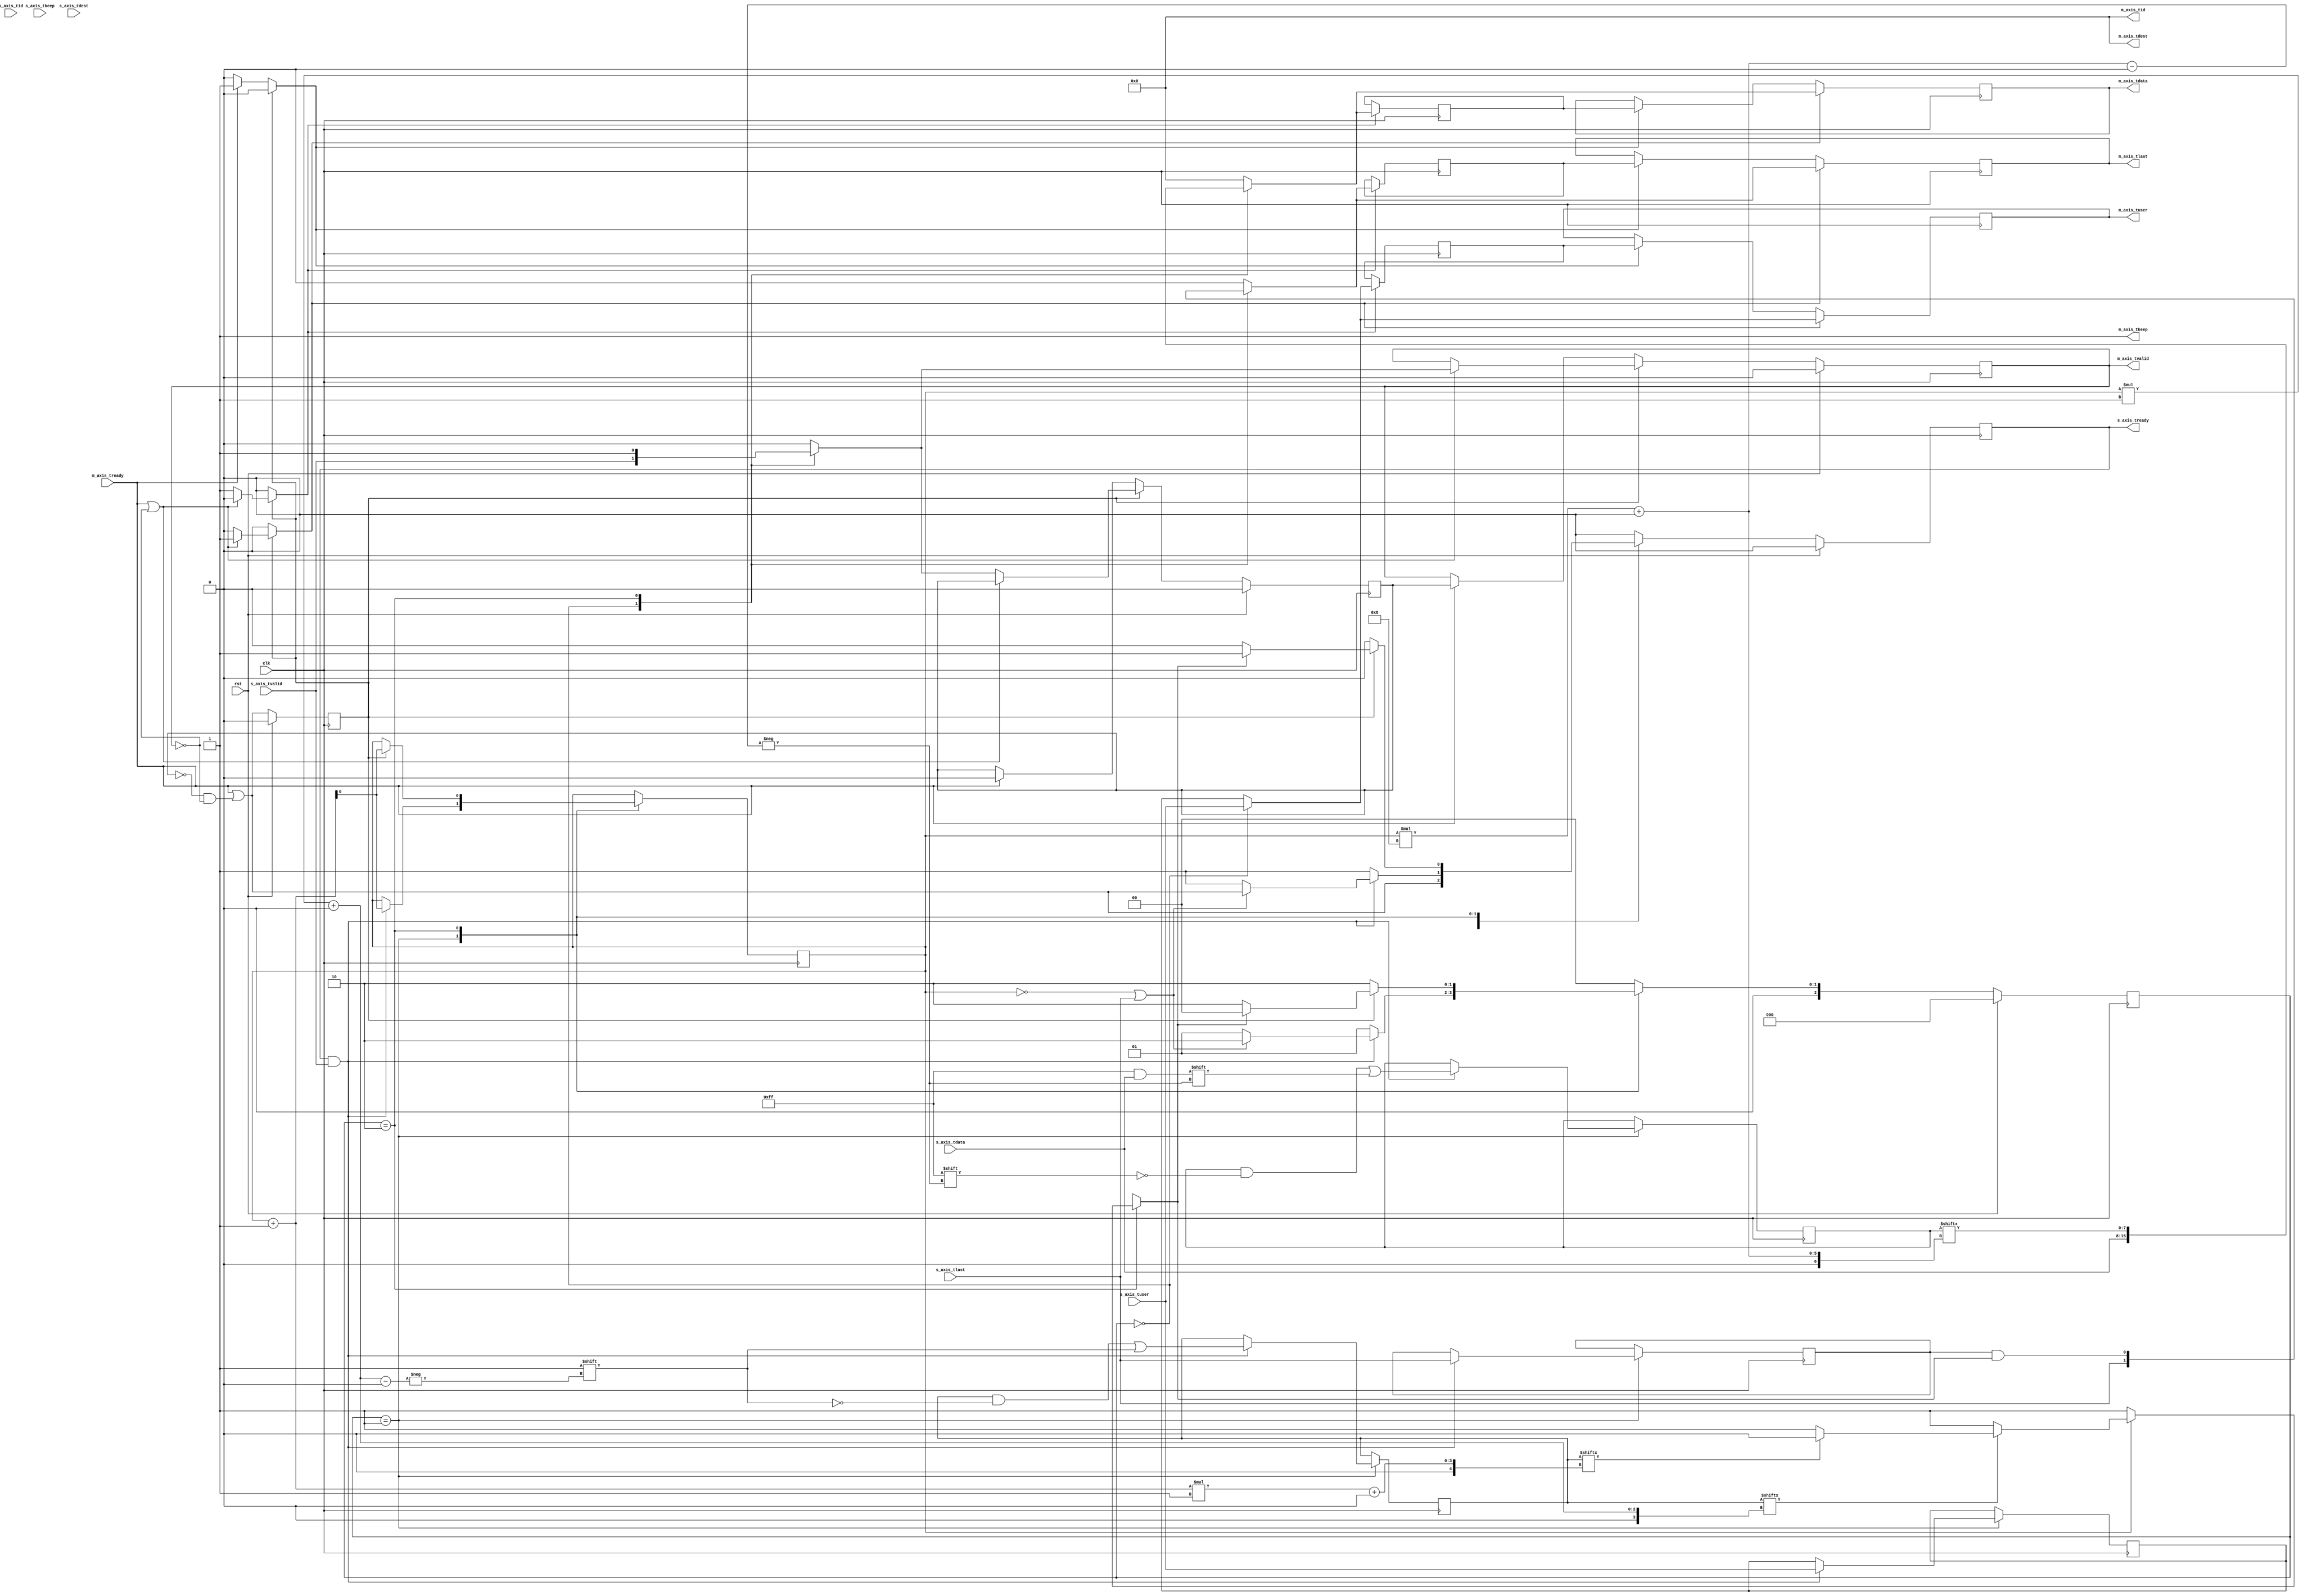
/*

Copyright (c) 2014-2018 Alex Forencich

Permission is hereby granted, free of charge, to any person obtaining a copy
of this software and associated documentation files (the "Software"), to deal
in the Software without restriction, including without limitation the rights
to use, copy, modify, merge, publish, distribute, sublicense, and/or sell
copies of the Software, and to permit persons to whom the Software is
furnished to do so, subject to the following conditions:

The above copyright notice and this permission notice shall be included in
all copies or substantial portions of the Software.

THE SOFTWARE IS PROVIDED "AS IS", WITHOUT WARRANTY OF ANY KIND, EXPRESS OR
IMPLIED, INCLUDING BUT NOT LIMITED TO THE WARRANTIES OF MERCHANTABILITY
FITNESS FOR A PARTICULAR PURPOSE AND NONINFRINGEMENT. IN NO EVENT SHALL THE
AUTHORS OR COPYRIGHT HOLDERS BE LIABLE FOR ANY CLAIM, DAMAGES OR OTHER
LIABILITY, WHETHER IN AN ACTION OF CONTRACT, TORT OR OTHERWISE, ARISING FROM,
OUT OF OR IN CONNECTION WITH THE SOFTWARE OR THE USE OR OTHER DEALINGS IN
THE SOFTWARE.

*/

// Language: Verilog 2001

`resetall
`timescale 1ns / 1ps
`default_nettype none

/*
 * AXI4-Stream bus width adapter
 */
module axis_adapter #
(
    // Width of input AXI stream interface in bits
    parameter S_DATA_WIDTH = 8,
    // Propagate tkeep signal on input interface
    // If disabled, tkeep assumed to be 1'b1
    parameter S_KEEP_ENABLE = (S_DATA_WIDTH>8),
    // tkeep signal width (words per cycle) on input interface
    parameter S_KEEP_WIDTH = ((S_DATA_WIDTH+7)/8),
    // Width of output AXI stream interface in bits
    parameter M_DATA_WIDTH = 8,
    // Propagate tkeep signal on output interface
    // If disabled, tkeep assumed to be 1'b1
    parameter M_KEEP_ENABLE = (M_DATA_WIDTH>8),
    // tkeep signal width (words per cycle) on output interface
    parameter M_KEEP_WIDTH = ((M_DATA_WIDTH+7)/8),
    // Propagate tid signal
    parameter ID_ENABLE = 0,
    // tid signal width
    parameter ID_WIDTH = 8,
    // Propagate tdest signal
    parameter DEST_ENABLE = 0,
    // tdest signal width
    parameter DEST_WIDTH = 8,
    // Propagate tuser signal
    parameter USER_ENABLE = 1,
    // tuser signal width
    parameter USER_WIDTH = 1
)
(
    input  wire                     clk,
    input  wire                     rst,

    /*
     * AXI input
     */
    input  wire [S_DATA_WIDTH-1:0]  s_axis_tdata,
    input  wire [S_KEEP_WIDTH-1:0]  s_axis_tkeep,
    input  wire                     s_axis_tvalid,
    output wire                     s_axis_tready,
    input  wire                     s_axis_tlast,
    input  wire [ID_WIDTH-1:0]      s_axis_tid,
    input  wire [DEST_WIDTH-1:0]    s_axis_tdest,
    input  wire [USER_WIDTH-1:0]    s_axis_tuser,

    /*
     * AXI output
     */
    output wire [M_DATA_WIDTH-1:0]  m_axis_tdata,
    output wire [M_KEEP_WIDTH-1:0]  m_axis_tkeep,
    output wire                     m_axis_tvalid,
    input  wire                     m_axis_tready,
    output wire                     m_axis_tlast,
    output wire [ID_WIDTH-1:0]      m_axis_tid,
    output wire [DEST_WIDTH-1:0]    m_axis_tdest,
    output wire [USER_WIDTH-1:0]    m_axis_tuser
);

// force keep width to 1 when disabled
parameter S_KEEP_WIDTH_INT = S_KEEP_ENABLE ? S_KEEP_WIDTH : 1;
parameter M_KEEP_WIDTH_INT = M_KEEP_ENABLE ? M_KEEP_WIDTH : 1;

// bus word sizes (must be identical)
parameter S_DATA_WORD_SIZE = S_DATA_WIDTH / S_KEEP_WIDTH_INT;
parameter M_DATA_WORD_SIZE = M_DATA_WIDTH / M_KEEP_WIDTH_INT;
// output bus is wider
parameter EXPAND_BUS = M_KEEP_WIDTH_INT > S_KEEP_WIDTH_INT;
// total data and keep widths
parameter DATA_WIDTH = EXPAND_BUS ? M_DATA_WIDTH : S_DATA_WIDTH;
parameter KEEP_WIDTH = EXPAND_BUS ? M_KEEP_WIDTH_INT : S_KEEP_WIDTH_INT;
// required number of segments in wider bus
parameter SEGMENT_COUNT = EXPAND_BUS ? (M_KEEP_WIDTH_INT / S_KEEP_WIDTH_INT) : (S_KEEP_WIDTH_INT / M_KEEP_WIDTH_INT);
parameter SEGMENT_COUNT_WIDTH = SEGMENT_COUNT == 1 ? 1 : $clog2(SEGMENT_COUNT);
// data width and keep width per segment
parameter SEGMENT_DATA_WIDTH = DATA_WIDTH / SEGMENT_COUNT;
parameter SEGMENT_KEEP_WIDTH = KEEP_WIDTH / SEGMENT_COUNT;

// bus width assertions
initial begin
    if (S_DATA_WORD_SIZE * S_KEEP_WIDTH_INT != S_DATA_WIDTH) begin
        $error("Error: input data width not evenly divisble (instance %m)");
        $finish;
    end

    if (M_DATA_WORD_SIZE * M_KEEP_WIDTH_INT != M_DATA_WIDTH) begin
        $error("Error: output data width not evenly divisble (instance %m)");
        $finish;
    end

    if (S_DATA_WORD_SIZE != M_DATA_WORD_SIZE) begin
        $error("Error: word size mismatch (instance %m)");
        $finish;
    end
end

// state register
localparam [2:0]
    STATE_IDLE = 3'd0,
    STATE_TRANSFER_IN = 3'd1,
    STATE_TRANSFER_OUT = 3'd2;

reg [2:0] state_reg = STATE_IDLE, state_next;

reg [SEGMENT_COUNT_WIDTH-1:0] segment_count_reg = 0, segment_count_next;

reg last_segment;

reg [DATA_WIDTH-1:0] temp_tdata_reg = {DATA_WIDTH{1'b0}}, temp_tdata_next;
reg [KEEP_WIDTH-1:0] temp_tkeep_reg = {KEEP_WIDTH{1'b0}}, temp_tkeep_next;
reg                  temp_tlast_reg = 1'b0, temp_tlast_next;
reg [ID_WIDTH-1:0]   temp_tid_reg   = {ID_WIDTH{1'b0}}, temp_tid_next;
reg [DEST_WIDTH-1:0] temp_tdest_reg = {DEST_WIDTH{1'b0}}, temp_tdest_next;
reg [USER_WIDTH-1:0] temp_tuser_reg = {USER_WIDTH{1'b0}}, temp_tuser_next;

// internal datapath
reg  [M_DATA_WIDTH-1:0] m_axis_tdata_int;
reg  [M_KEEP_WIDTH-1:0] m_axis_tkeep_int;
reg                     m_axis_tvalid_int;
reg                     m_axis_tready_int_reg = 1'b0;
reg                     m_axis_tlast_int;
reg  [ID_WIDTH-1:0]     m_axis_tid_int;
reg  [DEST_WIDTH-1:0]   m_axis_tdest_int;
reg  [USER_WIDTH-1:0]   m_axis_tuser_int;
wire                    m_axis_tready_int_early;

reg s_axis_tready_reg = 1'b0, s_axis_tready_next;

assign s_axis_tready = s_axis_tready_reg;

always @* begin
    state_next = STATE_IDLE;

    segment_count_next = segment_count_reg;

    last_segment = 0;

    temp_tdata_next = temp_tdata_reg;
    temp_tkeep_next = temp_tkeep_reg;
    temp_tlast_next = temp_tlast_reg;
    temp_tid_next   = temp_tid_reg;
    temp_tdest_next = temp_tdest_reg;
    temp_tuser_next = temp_tuser_reg;

    if (EXPAND_BUS) begin
        m_axis_tdata_int  = temp_tdata_reg;
        m_axis_tkeep_int  = temp_tkeep_reg;
        m_axis_tlast_int  = temp_tlast_reg;
    end else begin
        m_axis_tdata_int  = {M_DATA_WIDTH{1'b0}};
        m_axis_tkeep_int  = {M_KEEP_WIDTH{1'b0}};
        m_axis_tlast_int  = 1'b0;
    end
    m_axis_tvalid_int = 1'b0;
    m_axis_tid_int    = temp_tid_reg;
    m_axis_tdest_int  = temp_tdest_reg;
    m_axis_tuser_int  = temp_tuser_reg;

    s_axis_tready_next = 1'b0;

    case (state_reg)
        STATE_IDLE: begin
            // idle state - no data in registers
            if (SEGMENT_COUNT == 1) begin
                // output and input same width - just act like a register

                // accept data next cycle if output register ready next cycle
                s_axis_tready_next = m_axis_tready_int_early;

                // transfer through
                m_axis_tdata_int  = s_axis_tdata;
                m_axis_tkeep_int  = S_KEEP_ENABLE ? s_axis_tkeep : 1'b1;
                m_axis_tvalid_int = s_axis_tvalid;
                m_axis_tlast_int  = s_axis_tlast;
                m_axis_tid_int    = s_axis_tid;
                m_axis_tdest_int  = s_axis_tdest;
                m_axis_tuser_int  = s_axis_tuser;

                state_next = STATE_IDLE;
            end else if (EXPAND_BUS) begin
                // output bus is wider

                // accept new data
                s_axis_tready_next = 1'b1;

                if (s_axis_tready && s_axis_tvalid) begin
                    // word transfer in - store it in data register

                    // pass complete input word, zero-extended to temp register
                    temp_tdata_next = s_axis_tdata;
                    temp_tkeep_next = S_KEEP_ENABLE ? s_axis_tkeep : 1'b1;
                    temp_tlast_next = s_axis_tlast;
                    temp_tid_next   = s_axis_tid;
                    temp_tdest_next = s_axis_tdest;
                    temp_tuser_next = s_axis_tuser;

                    // first input segment complete
                    segment_count_next = 1;

                    if (s_axis_tlast) begin
                        // got last signal on first segment, so output it
                        s_axis_tready_next = 1'b0;
                        state_next = STATE_TRANSFER_OUT;
                    end else begin
                        // otherwise, transfer in the rest of the words
                        s_axis_tready_next = 1'b1;
                        state_next = STATE_TRANSFER_IN;
                    end
                end else begin
                    state_next = STATE_IDLE;
                end
            end else begin
                // output bus is narrower

                // accept new data
                s_axis_tready_next = 1'b1;

                if (s_axis_tready && s_axis_tvalid) begin
                    // word transfer in - store it in data register
                    segment_count_next = 0;

                    // is this the last segment?
                    if (SEGMENT_COUNT == 1) begin
                        // last segment by counter value
                        last_segment = 1'b1;
                    end else if (S_KEEP_ENABLE && s_axis_tkeep[SEGMENT_KEEP_WIDTH-1:0] != {SEGMENT_KEEP_WIDTH{1'b1}}) begin
                        // last segment by tkeep fall in current segment
                        last_segment = 1'b1;
                    end else if (S_KEEP_ENABLE && s_axis_tkeep[(SEGMENT_KEEP_WIDTH*2)-1:SEGMENT_KEEP_WIDTH] == {SEGMENT_KEEP_WIDTH{1'b0}}) begin
                        // last segment by tkeep fall at end of current segment
                        last_segment = 1'b1;
                    end else begin
                        last_segment = 1'b0;
                    end

                    // pass complete input word, zero-extended to temp register
                    temp_tdata_next = s_axis_tdata;
                    temp_tkeep_next = S_KEEP_ENABLE ? s_axis_tkeep : 1'b1;
                    temp_tlast_next = s_axis_tlast;
                    temp_tid_next   = s_axis_tid;
                    temp_tdest_next = s_axis_tdest;
                    temp_tuser_next = s_axis_tuser;

                    // short-circuit and get first word out the door
                    m_axis_tdata_int  = s_axis_tdata[SEGMENT_DATA_WIDTH-1:0];
                    m_axis_tkeep_int  = s_axis_tkeep[SEGMENT_KEEP_WIDTH-1:0];
                    m_axis_tvalid_int = 1'b1;
                    m_axis_tlast_int  = s_axis_tlast & last_segment;
                    m_axis_tid_int    = s_axis_tid;
                    m_axis_tdest_int  = s_axis_tdest;
                    m_axis_tuser_int  = s_axis_tuser;

                    if (m_axis_tready_int_reg) begin
                        // if output register is ready for first word, then move on to the next one
                        segment_count_next = 1;
                    end

                    if (!last_segment || !m_axis_tready_int_reg) begin
                        // continue outputting words
                        s_axis_tready_next = 1'b0;
                        state_next = STATE_TRANSFER_OUT;
                    end else begin
                        state_next = STATE_IDLE;
                    end
                end else begin
                    state_next = STATE_IDLE;
                end
            end
        end
        STATE_TRANSFER_IN: begin
            // transfer word to temp registers
            // only used when output is wider

            // accept new data
            s_axis_tready_next = 1'b1;

            if (s_axis_tready && s_axis_tvalid) begin
                // word transfer in - store in data register

                temp_tdata_next[segment_count_reg*SEGMENT_DATA_WIDTH +: SEGMENT_DATA_WIDTH] = s_axis_tdata;
                temp_tkeep_next[segment_count_reg*SEGMENT_KEEP_WIDTH +: SEGMENT_KEEP_WIDTH] = S_KEEP_ENABLE ? s_axis_tkeep : 1'b1;
                temp_tlast_next = s_axis_tlast;
                temp_tid_next   = s_axis_tid;
                temp_tdest_next = s_axis_tdest;
                temp_tuser_next = s_axis_tuser;

                segment_count_next = segment_count_reg + 1;

                if ((segment_count_reg == SEGMENT_COUNT-1) || s_axis_tlast) begin
                    // terminated by counter or tlast signal, output complete word
                    // read input word next cycle if output will be ready
                    s_axis_tready_next = m_axis_tready_int_early;
                    state_next = STATE_TRANSFER_OUT;
                end else begin
                    // more words to read
                    s_axis_tready_next = 1'b1;
                    state_next = STATE_TRANSFER_IN;
                end
            end else begin
                state_next = STATE_TRANSFER_IN;
            end
        end
        STATE_TRANSFER_OUT: begin
            // transfer word to output registers

            if (EXPAND_BUS) begin
                // output bus is wider

                // do not accept new data
                s_axis_tready_next = 1'b0;

                // single-cycle output of entire stored word (output wider)
                m_axis_tdata_int  = temp_tdata_reg;
                m_axis_tkeep_int  = temp_tkeep_reg;
                m_axis_tvalid_int = 1'b1;
                m_axis_tlast_int  = temp_tlast_reg;
                m_axis_tid_int    = temp_tid_reg;
                m_axis_tdest_int  = temp_tdest_reg;
                m_axis_tuser_int  = temp_tuser_reg;

                if (m_axis_tready_int_reg) begin
                    // word transfer out

                    if (s_axis_tready && s_axis_tvalid) begin
                        // word transfer in

                        // pass complete input word, zero-extended to temp register
                        temp_tdata_next = s_axis_tdata;
                        temp_tkeep_next = S_KEEP_ENABLE ? s_axis_tkeep : 1'b1;
                        temp_tlast_next = s_axis_tlast;
                        temp_tid_next   = s_axis_tid;
                        temp_tdest_next = s_axis_tdest;
                        temp_tuser_next = s_axis_tuser;

                        // first input segment complete
                        segment_count_next = 1;

                        if (s_axis_tlast) begin
                            // got last signal on first segment, so output it
                            s_axis_tready_next = 1'b0;
                            state_next = STATE_TRANSFER_OUT;
                        end else begin
                            // otherwise, transfer in the rest of the words
                            s_axis_tready_next = 1'b1;
                            state_next = STATE_TRANSFER_IN;
                        end
                    end else begin
                        s_axis_tready_next = 1'b1;
                        state_next = STATE_IDLE;
                    end
                end else begin
                    state_next = STATE_TRANSFER_OUT;
                end
            end else begin
                // output bus is narrower

                // do not accept new data
                s_axis_tready_next = 1'b0;

                // is this the last segment?
                if (segment_count_reg == SEGMENT_COUNT-1) begin
                    // last segment by counter value
                    last_segment = 1'b1;
                end else if (temp_tkeep_reg[segment_count_reg*SEGMENT_KEEP_WIDTH +: SEGMENT_KEEP_WIDTH] != {SEGMENT_KEEP_WIDTH{1'b1}}) begin
                    // last segment by tkeep fall in current segment
                    last_segment = 1'b1;
                end else if (temp_tkeep_reg[(segment_count_reg+1)*SEGMENT_KEEP_WIDTH +: SEGMENT_KEEP_WIDTH] == {SEGMENT_KEEP_WIDTH{1'b0}}) begin
                    // last segment by tkeep fall at end of current segment
                    last_segment = 1'b1;
                end else begin
                    last_segment = 1'b0;
                end

                // output current part of stored word (output narrower)
                m_axis_tdata_int  = temp_tdata_reg[segment_count_reg*SEGMENT_DATA_WIDTH +: SEGMENT_DATA_WIDTH];
                m_axis_tkeep_int  = temp_tkeep_reg[segment_count_reg*SEGMENT_KEEP_WIDTH +: SEGMENT_KEEP_WIDTH];
                m_axis_tvalid_int = 1'b1;
                m_axis_tlast_int  = temp_tlast_reg && last_segment;
                m_axis_tid_int    = temp_tid_reg;
                m_axis_tdest_int  = temp_tdest_reg;
                m_axis_tuser_int  = temp_tuser_reg;

                if (m_axis_tready_int_reg) begin
                    // word transfer out

                    segment_count_next = segment_count_reg + 1;

                    if (last_segment) begin
                        // terminated by counter or tlast signal

                        s_axis_tready_next = 1'b1;
                        state_next = STATE_IDLE;
                    end else begin
                        // more words to write
                        state_next = STATE_TRANSFER_OUT;
                    end
                end else begin
                    state_next = STATE_TRANSFER_OUT;
                end
            end
        end
    endcase
end

always @(posedge clk) begin
    if (rst) begin
        state_reg <= STATE_IDLE;
        s_axis_tready_reg <= 1'b0;
    end else begin
        state_reg <= state_next;

        s_axis_tready_reg <= s_axis_tready_next;
    end

    segment_count_reg <= segment_count_next;

    temp_tdata_reg <= temp_tdata_next;
    temp_tkeep_reg <= temp_tkeep_next;
    temp_tlast_reg <= temp_tlast_next;
    temp_tid_reg   <= temp_tid_next;
    temp_tdest_reg <= temp_tdest_next;
    temp_tuser_reg <= temp_tuser_next;
end

// output datapath logic
reg [M_DATA_WIDTH-1:0] m_axis_tdata_reg  = {M_DATA_WIDTH{1'b0}};
reg [M_KEEP_WIDTH-1:0] m_axis_tkeep_reg  = {M_KEEP_WIDTH{1'b0}};
reg                    m_axis_tvalid_reg = 1'b0, m_axis_tvalid_next;
reg                    m_axis_tlast_reg  = 1'b0;
reg [ID_WIDTH-1:0]     m_axis_tid_reg    = {ID_WIDTH{1'b0}};
reg [DEST_WIDTH-1:0]   m_axis_tdest_reg  = {DEST_WIDTH{1'b0}};
reg [USER_WIDTH-1:0]   m_axis_tuser_reg  = {USER_WIDTH{1'b0}};

reg [M_DATA_WIDTH-1:0] temp_m_axis_tdata_reg  = {M_DATA_WIDTH{1'b0}};
reg [M_KEEP_WIDTH-1:0] temp_m_axis_tkeep_reg  = {M_KEEP_WIDTH{1'b0}};
reg                    temp_m_axis_tvalid_reg = 1'b0, temp_m_axis_tvalid_next;
reg                    temp_m_axis_tlast_reg  = 1'b0;
reg [ID_WIDTH-1:0]     temp_m_axis_tid_reg    = {ID_WIDTH{1'b0}};
reg [DEST_WIDTH-1:0]   temp_m_axis_tdest_reg  = {DEST_WIDTH{1'b0}};
reg [USER_WIDTH-1:0]   temp_m_axis_tuser_reg  = {USER_WIDTH{1'b0}};

// datapath control
reg store_axis_int_to_output;
reg store_axis_int_to_temp;
reg store_axis_temp_to_output;

assign m_axis_tdata  = m_axis_tdata_reg;
assign m_axis_tkeep  = M_KEEP_ENABLE ? m_axis_tkeep_reg : {M_KEEP_WIDTH{1'b1}};
assign m_axis_tvalid = m_axis_tvalid_reg;
assign m_axis_tlast  = m_axis_tlast_reg;
assign m_axis_tid    = ID_ENABLE   ? m_axis_tid_reg   : {ID_WIDTH{1'b0}};
assign m_axis_tdest  = DEST_ENABLE ? m_axis_tdest_reg : {DEST_WIDTH{1'b0}};
assign m_axis_tuser  = USER_ENABLE ? m_axis_tuser_reg : {USER_WIDTH{1'b0}};

// enable ready input next cycle if output is ready or if both output registers are empty
assign m_axis_tready_int_early = m_axis_tready || (!temp_m_axis_tvalid_reg && !m_axis_tvalid_reg);

always @* begin
    // transfer sink ready state to source
    m_axis_tvalid_next = m_axis_tvalid_reg;
    temp_m_axis_tvalid_next = temp_m_axis_tvalid_reg;

    store_axis_int_to_output = 1'b0;
    store_axis_int_to_temp = 1'b0;
    store_axis_temp_to_output = 1'b0;

    if (m_axis_tready_int_reg) begin
        // input is ready
        if (m_axis_tready || !m_axis_tvalid_reg) begin
            // output is ready or currently not valid, transfer data to output
            m_axis_tvalid_next = m_axis_tvalid_int;
            store_axis_int_to_output = 1'b1;
        end else begin
            // output is not ready, store input in temp
            temp_m_axis_tvalid_next = m_axis_tvalid_int;
            store_axis_int_to_temp = 1'b1;
        end
    end else if (m_axis_tready) begin
        // input is not ready, but output is ready
        m_axis_tvalid_next = temp_m_axis_tvalid_reg;
        temp_m_axis_tvalid_next = 1'b0;
        store_axis_temp_to_output = 1'b1;
    end
end

always @(posedge clk) begin
    m_axis_tvalid_reg <= m_axis_tvalid_next;
    m_axis_tready_int_reg <= m_axis_tready_int_early;
    temp_m_axis_tvalid_reg <= temp_m_axis_tvalid_next;

    // datapath
    if (store_axis_int_to_output) begin
        m_axis_tdata_reg <= m_axis_tdata_int;
        m_axis_tkeep_reg <= m_axis_tkeep_int;
        m_axis_tlast_reg <= m_axis_tlast_int;
        m_axis_tid_reg   <= m_axis_tid_int;
        m_axis_tdest_reg <= m_axis_tdest_int;
        m_axis_tuser_reg <= m_axis_tuser_int;
    end else if (store_axis_temp_to_output) begin
        m_axis_tdata_reg <= temp_m_axis_tdata_reg;
        m_axis_tkeep_reg <= temp_m_axis_tkeep_reg;
        m_axis_tlast_reg <= temp_m_axis_tlast_reg;
        m_axis_tid_reg   <= temp_m_axis_tid_reg;
        m_axis_tdest_reg <= temp_m_axis_tdest_reg;
        m_axis_tuser_reg <= temp_m_axis_tuser_reg;
    end

    if (store_axis_int_to_temp) begin
        temp_m_axis_tdata_reg <= m_axis_tdata_int;
        temp_m_axis_tkeep_reg <= m_axis_tkeep_int;
        temp_m_axis_tlast_reg <= m_axis_tlast_int;
        temp_m_axis_tid_reg   <= m_axis_tid_int;
        temp_m_axis_tdest_reg <= m_axis_tdest_int;
        temp_m_axis_tuser_reg <= m_axis_tuser_int;
    end

    if (rst) begin
        m_axis_tvalid_reg <= 1'b0;
        m_axis_tready_int_reg <= 1'b0;
        temp_m_axis_tvalid_reg <= 1'b0;
    end
end

endmodule

`resetall